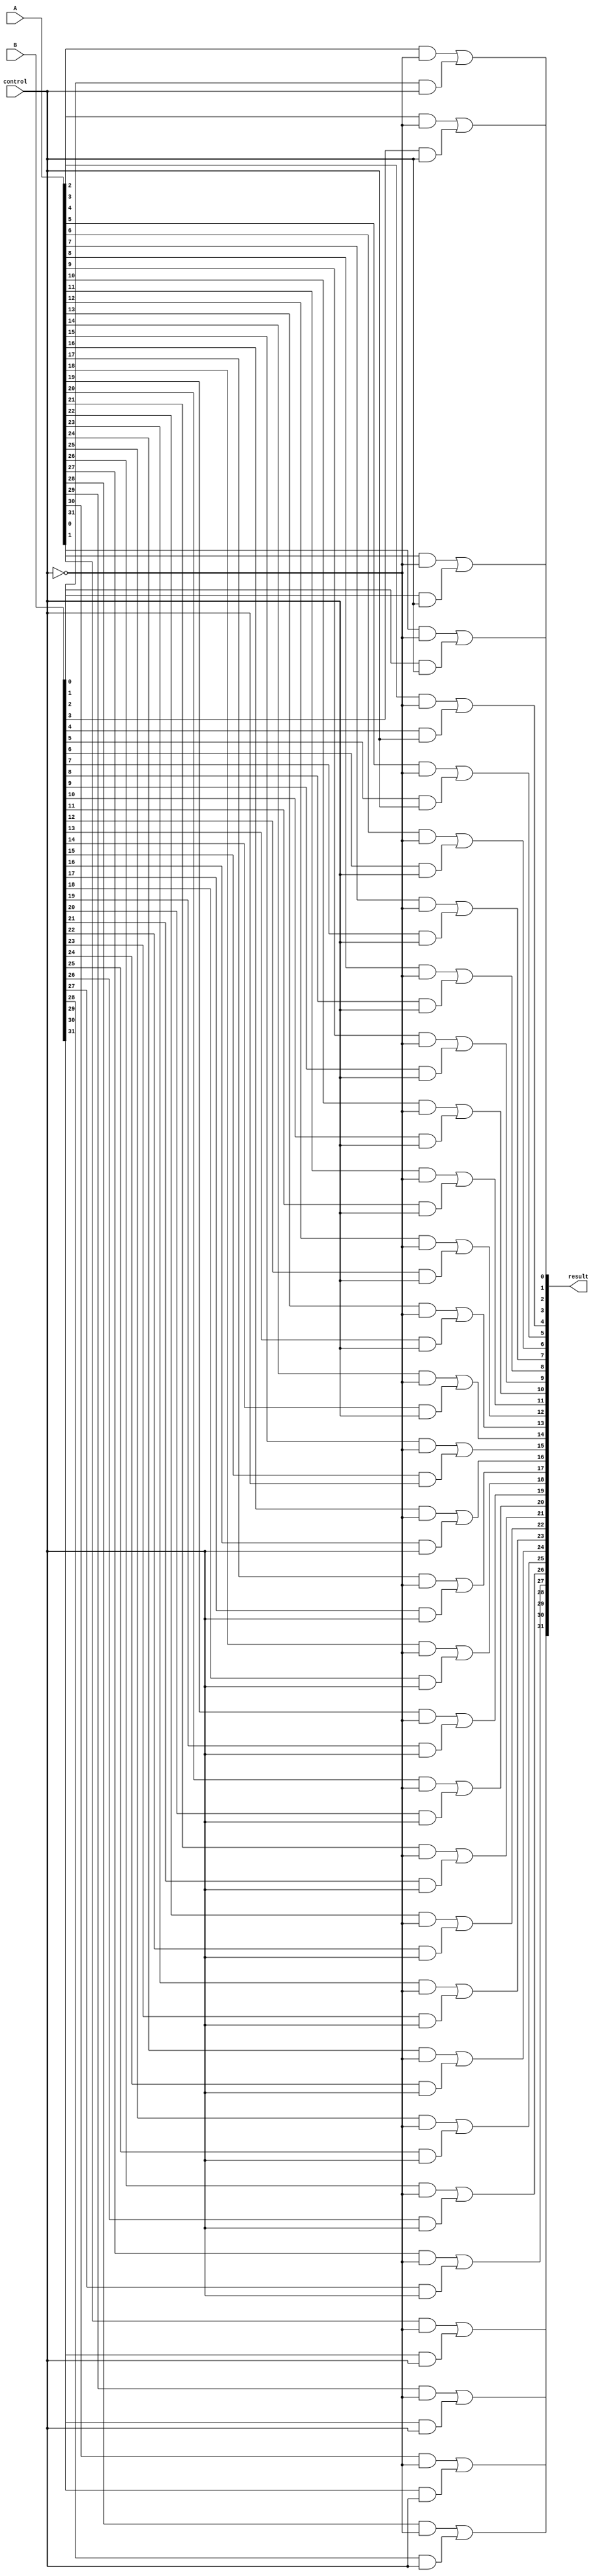
module _32bit_2x1MUX(result,A,B,control);
input [31:0] A, B;
input control;
output [31:0] result;

wire [31:0] and1, and2;

and (and1[0], A[0], ~control);
and (and1[1], A[1], ~control);
and (and1[2], A[2], ~control);
and (and1[3], A[3], ~control);
and (and1[4], A[4], ~control);
and (and1[5], A[5], ~control);
and (and1[6], A[6], ~control);
and (and1[7], A[7], ~control);
and (and1[8], A[8], ~control);
and (and1[9], A[9], ~control);
and (and1[10], A[10], ~control);
and (and1[11], A[11], ~control);
and (and1[12], A[12], ~control);
and (and1[13], A[13], ~control);
and (and1[14], A[14], ~control);
and (and1[15], A[15], ~control);
and (and1[16], A[16], ~control);
and (and1[17], A[17], ~control);
and (and1[18], A[18], ~control);
and (and1[19], A[19], ~control);
and (and1[20], A[20], ~control);
and (and1[21], A[21], ~control);
and (and1[22], A[22], ~control);
and (and1[23], A[23], ~control);
and (and1[24], A[24], ~control);
and (and1[25], A[25], ~control);
and (and1[26], A[26], ~control);
and (and1[27], A[27], ~control);
and (and1[28], A[28], ~control);
and (and1[29], A[29], ~control);
and (and1[30], A[30], ~control);
and (and1[31], A[31], ~control);

and (and2[0], B[0], control);
and (and2[1], B[1], control);
and (and2[2], B[2], control);
and (and2[3], B[3], control);
and (and2[4], B[4], control);
and (and2[5], B[5], control);
and (and2[6], B[6], control);
and (and2[7], B[7], control);
and (and2[8], B[8], control);
and (and2[9], B[9], control);
and (and2[10], B[10], control);
and (and2[11], B[11], control);
and (and2[12], B[12], control);
and (and2[13], B[13], control);
and (and2[14], B[14], control);
and (and2[15], B[15], control);
and (and2[16], B[16], control);
and (and2[17], B[17], control);
and (and2[18], B[18], control);
and (and2[19], B[19], control);
and (and2[20], B[20], control);
and (and2[21], B[21], control);
and (and2[22], B[22], control);
and (and2[23], B[23], control);
and (and2[24], B[24], control);
and (and2[25], B[25], control);
and (and2[26], B[26], control);
and (and2[27], B[27], control);
and (and2[28], B[28], control);
and (and2[29], B[29], control);
and (and2[30], B[30], control);
and (and2[31], B[31], control);

or (result[0], and1[0], and2[0]);
or (result[1], and1[1], and2[1]);
or (result[2], and1[2], and2[2]);
or (result[3], and1[3], and2[3]);
or (result[4], and1[4], and2[4]);
or (result[5], and1[5], and2[5]);
or (result[6], and1[6], and2[6]);
or (result[7], and1[7], and2[7]);
or (result[8], and1[8], and2[8]);
or (result[9], and1[9], and2[9]);
or (result[10], and1[10], and2[10]);
or (result[11], and1[11], and2[11]);
or (result[12], and1[12], and2[12]);
or (result[13], and1[13], and2[13]);
or (result[14], and1[14], and2[14]);
or (result[15], and1[15], and2[15]);
or (result[16], and1[16], and2[16]);
or (result[17], and1[17], and2[17]);
or (result[18], and1[18], and2[18]);
or (result[19], and1[19], and2[19]);
or (result[20], and1[20], and2[20]);
or (result[21], and1[21], and2[21]);
or (result[22], and1[22], and2[22]);
or (result[23], and1[23], and2[23]);
or (result[24], and1[24], and2[24]);
or (result[25], and1[25], and2[25]);
or (result[26], and1[26], and2[26]);
or (result[27], and1[27], and2[27]);
or (result[28], and1[28], and2[28]);
or (result[29], and1[29], and2[29]);
or (result[30], and1[30], and2[30]);
or (result[31], and1[31], and2[31]);

endmodule